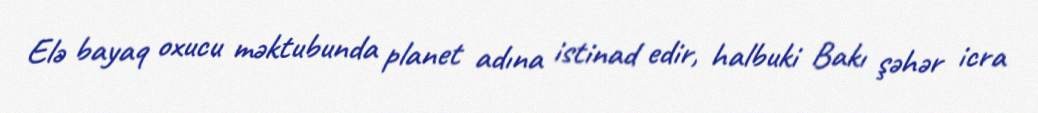
Elə bayaq oxucu məktubunda planet adına istinad edir, halbuki Bakı şəhər icra